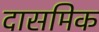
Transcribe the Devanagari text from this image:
दासमिक